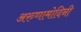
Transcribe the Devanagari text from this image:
अरुणामोदिनी